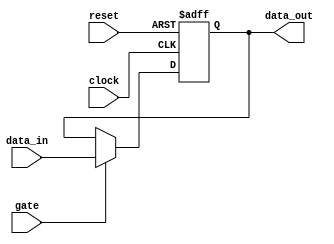
module gated_latch (
    input wire gate,
    input wire clock,
    input wire reset,
    input wire data_in,
    output reg data_out
);

always @(posedge clock or posedge reset)
begin
    if (reset)
        data_out <= 1'b0; // Clear the stored data to 0 when reset is asserted
    else if (gate)
        data_out <= data_in; // Propagate input data to output when gate is high
end

endmodule